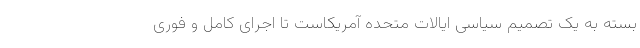
بسته به یک تصمیم سیاسی ایالات متحده آمریکاست تا اجرای کامل و فوری